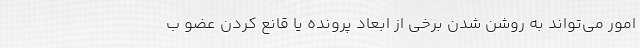
امور می‌تواند به روشن شدن برخی از ابعاد پرونده یا قانع کردن عضو ب